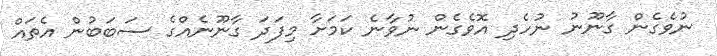
ނުވެގެން ގާނޫނު ނުހެދި އޮވެގެން ނުވާނެ ކަމަށާ މިފަދަ ގާނޫނެއްގެ ސަބަބުން އެތައް